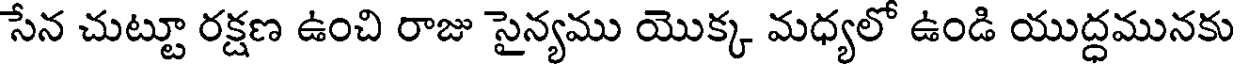
సేన చుట్టూ రక్షణ ఉంచి రాజు సైన్యము యొక్క మధ్యలో ఉండి యుద్ధమునకు